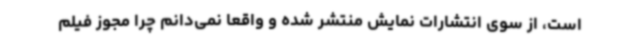
است، از سوی انتشارات نمایش منتشر شده و واقعا نمی‌دانم چرا مجوز فیلم